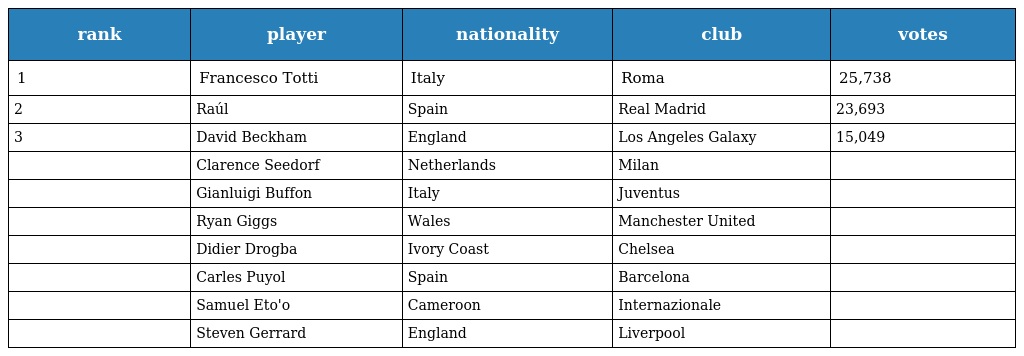
| rank | player | nationality | club | votes |
 | --- | --- | --- | --- | --- |
 | 1 | Francesco Totti | Italy | Roma | 25,738 |
 | 2 | Raúl | Spain | Real Madrid | 23,693 |
 | 3 | David Beckham | England | Los Angeles Galaxy | 15,049 |
 |  | Clarence Seedorf | Netherlands | Milan |  |
 |  | Gianluigi Buffon | Italy | Juventus |  |
 |  | Ryan Giggs | Wales | Manchester United |  |
 |  | Didier Drogba | Ivory Coast | Chelsea |  |
 |  | Carles Puyol | Spain | Barcelona |  |
 |  | Samuel Eto'o | Cameroon | Internazionale |  |
 |  | Steven Gerrard | England | Liverpool |  |